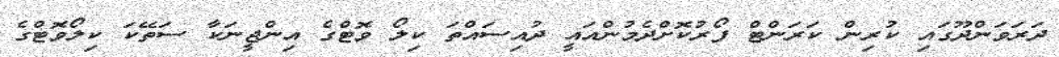
ދަރަވަންދޫގައި ކުރިން ކަރަންޓް ފޯރުކޮށްދެމުންއައީ ދުއިސައްތަ ކިލޯ ވޮޓްގެ އިންޖީނަކާ ސަތޭކަ ކިލޯވޮޓްގެ